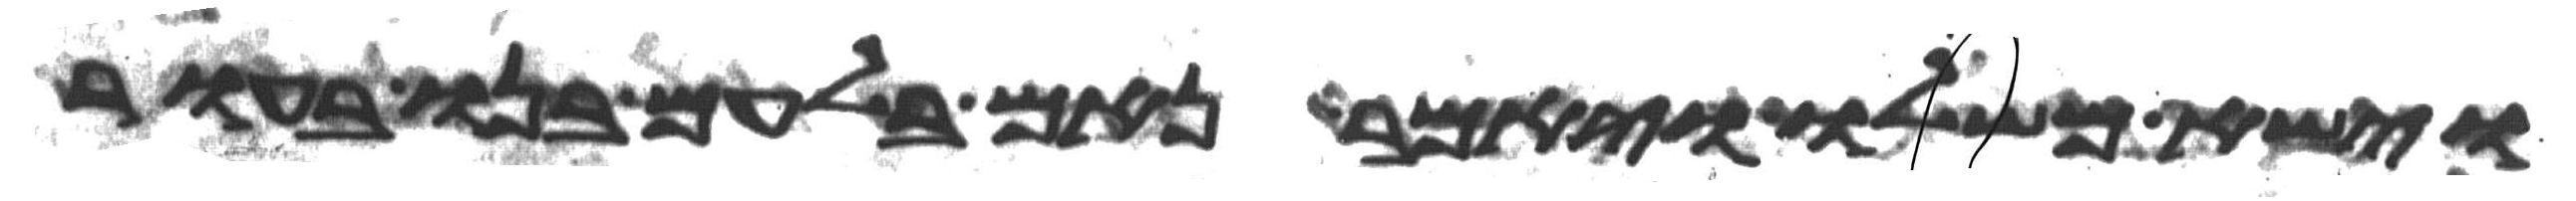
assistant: וישא משלו ויאמר נאם בלעם בנו בעור